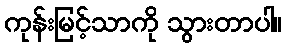
ကုန်းမြင့်သာကို သွားတာပါ။